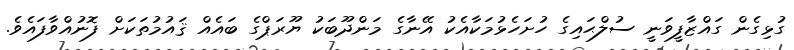
ގުޅިގެން ގައްޒާފީވަނީ ސުލްޙައިގެ ހުށަހެޅުމަކާއެކު އޭނާގެ މަންދޫބަކު ޔޫރަޕްގެ ބައެއް ޤައުމުތަކަށް ފޮނުއްވާފައެވެ.